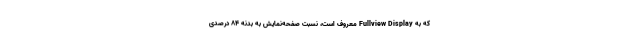
که به Fullview Display معروف است، نسبت صفحه‌نمایش به بدنه 84 درصدی